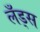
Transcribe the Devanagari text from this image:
लँड्स